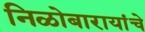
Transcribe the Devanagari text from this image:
निळोबारायांचे